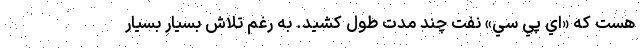
هست كه «اي پي سي» نفت چند مدت طول كشيد. به ‌رغم تلاش بسيار بسيار